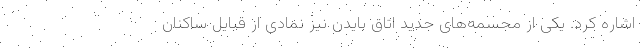
اشاره کرد. یکی از مجسمه‌های جدید اتاق بایدن نیز نمادی از قبایل ساکنان